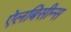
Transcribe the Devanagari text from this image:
ऐलबिसीन्स